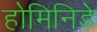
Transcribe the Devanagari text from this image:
होमिनिडे